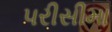
પરીસીમા